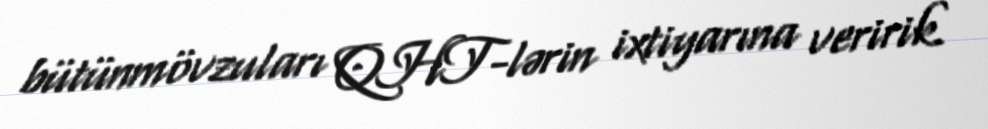
bütünmövzuları QHT-lərin ixtiyarına veririk.